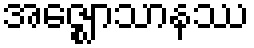
အဇ္ဈောသာနဿ